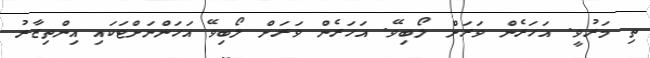
ތި މަރުވީ. އަހަރެން ވަރަށް ލޯބިވޭ. އަހަރެން ވަރަށް ލޯބިވޭ އަހަންނަށްޓަކައި އިންތިޒާރު